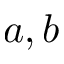
a , b